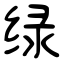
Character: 绿